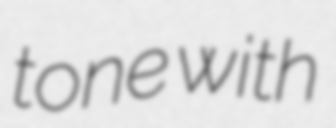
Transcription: tone with